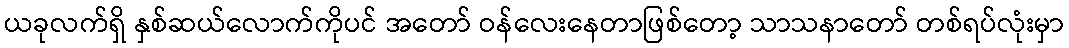
ယခုလက်ရှိ နှစ်ဆယ်လောက်ကိုပင် အတော် ဝန်လေးနေတာဖြစ်တော့ သာသနာတော် တစ်ရပ်လုံးမှာ